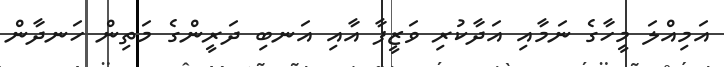
އަމިއްލަ މީހާގެ ނަމާއި އަދާކުރި ވަޒީފާ އާއި އަނބި ދަރީންގެ މަތިން ހަނދާން